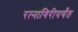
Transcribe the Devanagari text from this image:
रत्‍नागिरीपर्यंत